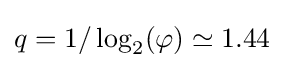
q=1/\log _{2}(\varphi )\simeq 1.44